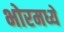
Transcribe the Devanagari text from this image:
भोरमध्ये